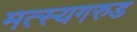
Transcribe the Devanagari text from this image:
मत्स्यगरुड